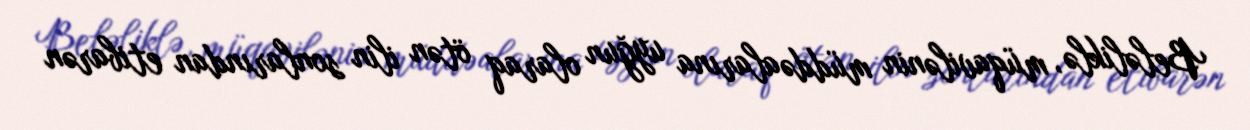
Beləliklə, müqavilənin müddəalarına uyğun olaraq ötən ilin sonlarından etibarən